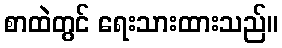
စာထဲတွင် ရေးသားထားသည်။